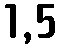
1,5